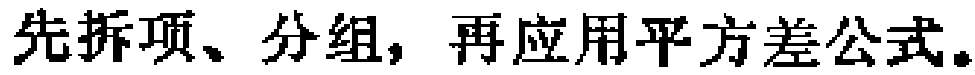
先拆项、分组，再应用平方差公式。